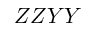
Z Z Y Y